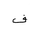
Letter: _fa